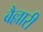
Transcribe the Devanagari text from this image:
बैल्लारी